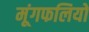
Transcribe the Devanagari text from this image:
मूंगफलियों